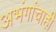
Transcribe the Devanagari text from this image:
अभंगांचाही